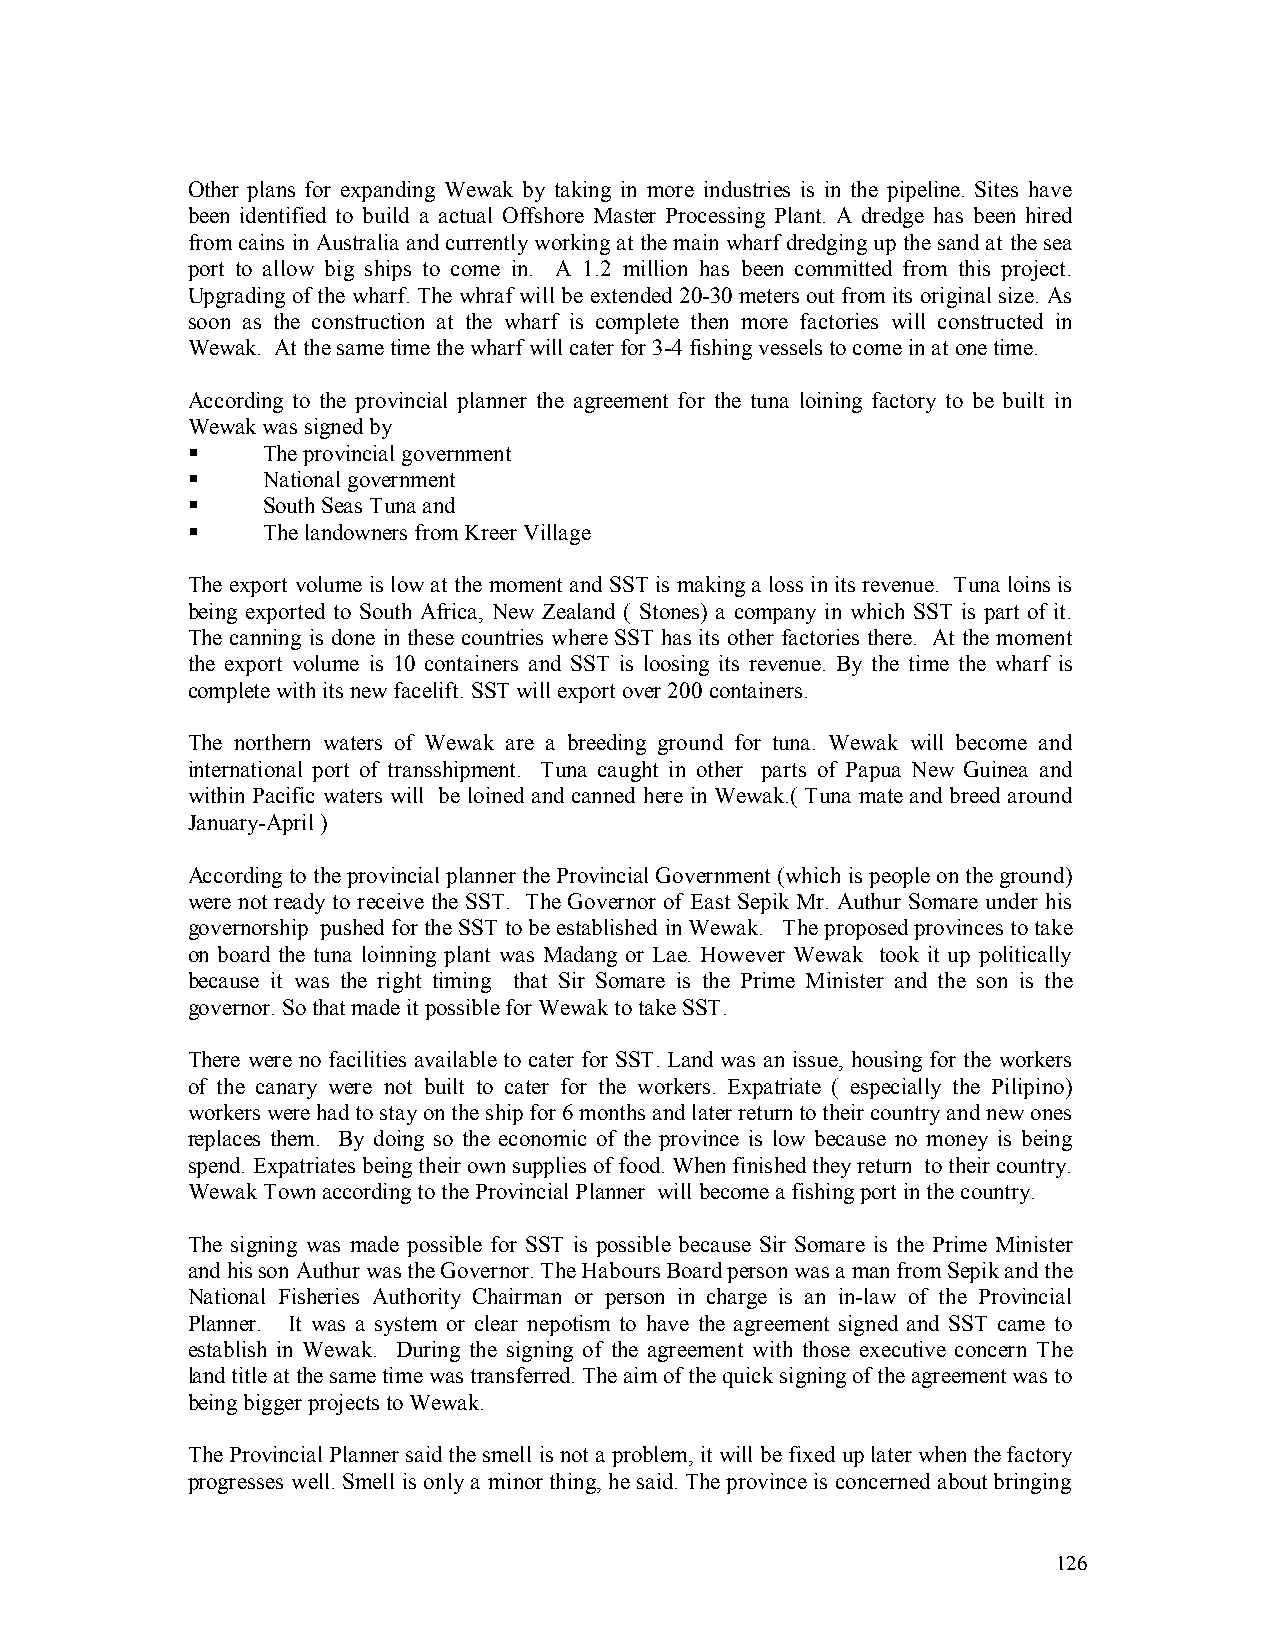
Other plans for expanding Wewak by taking in more industries is in the pipeline. Sites have
 been identified to build a actual Offshore Master Processing Plant. A dredge has been hired
 from cains in Australia and currently working at the main wharf dredging up the sand at the sea
 port to allow big ships to come in. A 1.2 million has been committed from this project.
 Upgrading of the wharf. The whraf will be extended 20-30 meters out from its original size. As
 soon as the construction at the wharf is complete then more factories will constructed in
 Wewak. At the same time the wharf will cater for 3-4 fishing vessels to come in at one time.
 According to the provincial planner the agreement for the tuna loining factory to be built in
 Wewak was signed by
 !    The provincial government
 !    National government
 !    South Seas Tuna and
 !    The landowners from Kreer Village
 The export volume is low at the moment and SST is making a loss in its revenue. Tuna loins is
 being exported to South Africa, New Zealand ( Stones) a company in which SST is part of it.
 The canning is done in these countries where SST has its other factories there. At the moment
 the export volume is 10 containers and SST is loosing its revenue. By the time the wharf is
 complete with its new facelift. SST will export over 200 containers.
 The northern waters of Wewak are a breeding ground for tuna. Wewak will become and
 international port of transshipment. Tuna caught in other parts of Papua New Guinea and
 within Pacific waters will be loined and canned here in Wewak.( Tuna mate and breed around
 January-April )
 According to the provincial planner the Provincial Government (which is people on the ground)
 were not ready to receive the SST. The Governor of East Sepik Mr. Authur Somare under his
 governorship pushed for the SST to be established in Wewak. The proposed provinces to take
 on board the tuna loinning plant was Madang or Lae. However Wewak took it up politically
 because it was the right timing that Sir Somare is the Prime Minister and the son is the
 governor. So that made it possible for Wewak to take SST.
 There were no facilities available to cater for SST. Land was an issue, housing for the workers
 of the canary were not built to cater for the workers. Expatriate ( especially the Pilipino)
 workers were had to stay on the ship for 6 months and later return to their country and new ones
 replaces them. By doing so the economic of the province is low because no money is being
 spend. Expatriates being their own supplies of food. When finished they return to their country.
 Wewak Town according to the Provincial Planner will become a fishing port in the country.
 The signing was made possible for SST is possible because Sir Somare is the Prime Minister
 and his son Authur was the Governor. The Habours Board person was a man from Sepik and the
 National Fisheries Authority Chairman or person in charge is an in-law of the Provincial
 Planner. It was a system or clear nepotism to have the agreement signed and SST came to
 establish in Wewak. During the signing of the agreement with those executive concern The
 land title at the same time was transferred. The aim of the quick signing of the agreement was to
 being bigger projects to Wewak.
 The Provincial Planner said the smell is not a problem, it will be fixed up later when the factory
 progresses well. Smell is only a minor thing, he said. The province is concerned about bringing
 126